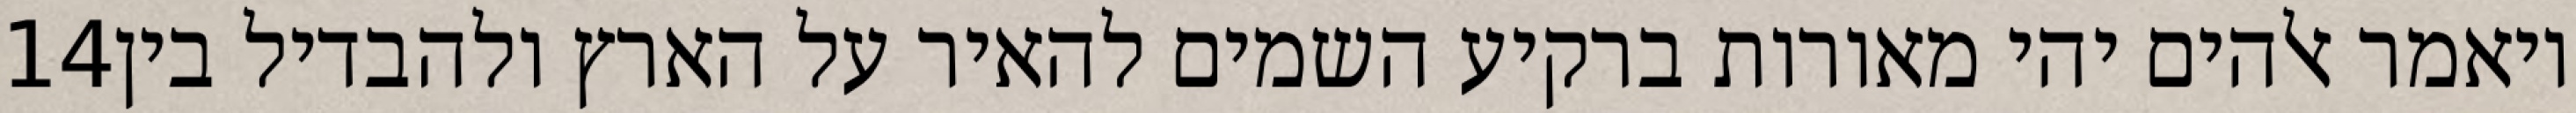
‎14‏ ויאמר אלהים יהי מאורות ברקיע השמים להאיר על הארץ ולהבדיל בין